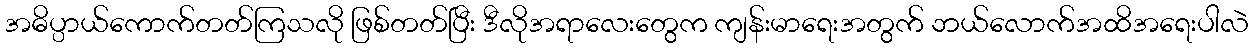
အဓိပ္ပာယ်ကောက်တတ်ကြသလို ဖြစ်တတ်ပြီး ဒီလိုအရာလေးတွေက ကျန်းမာရေးအတွက် ဘယ်လောက်အထိအရေးပါလဲ